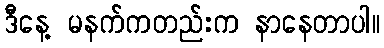
ဒီနေ့ မနက်ကတည်းက နာနေတာပါ။